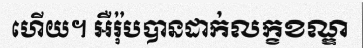
ហើយ។ អឺរ៉ុបបានដាក់លក្ខខណ្ឌ